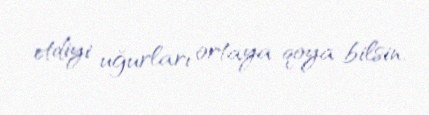
etdiyi uğurları ortaya qoya bilsin.